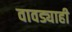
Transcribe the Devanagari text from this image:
वावड्याही